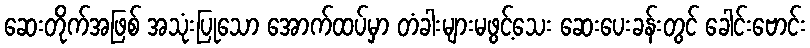
ဆေးတိုက်အဖြစ် အသုံးပြုသော အောက်ထပ်မှာ တံခါးများမဖွင့်သေး ဆေးပေးခန်းတွင် ခေါင်းဗောင်း